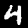
Digit: 4